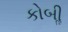
કોબીૢ